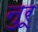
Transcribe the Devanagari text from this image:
नुरू